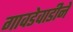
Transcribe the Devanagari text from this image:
गावडेवाडीने